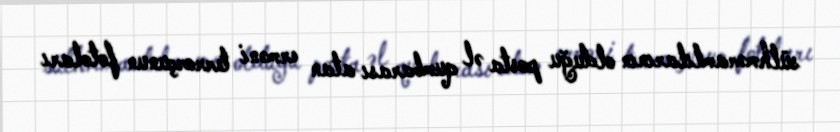
sülhməramlılarının olduğu posta əl qumbarası atan erməni terrorçunun fotoları